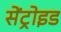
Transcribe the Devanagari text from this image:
सेंट्रोइड